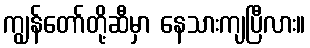
ကျွန်တော်တို့ဆီမှာ နေသားကျပြီလား။